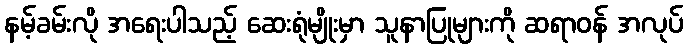
နမ့်ခမ်းလို အရေးပါသည့် ဆေးရုံမျိုးမှာ သူနာပြုများကို ဆရာဝန် အလုပ်